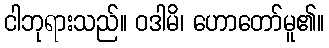
ငါဘုရားသည်။ ဝဒါမိ၊ ဟောတော်မူ၏။